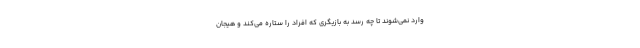
وارد نمی‌شوند تا چه رسد به بازیگری که افراد را ستاره می‌کند و هیجان